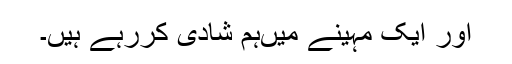
اور ایک مہینے میں‌ہم شادی کررہے ہیں۔